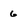
Character: 6